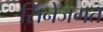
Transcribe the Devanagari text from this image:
सिनेजगत